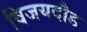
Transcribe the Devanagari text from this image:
विजयदौड